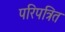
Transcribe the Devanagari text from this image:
परिपत्रित